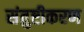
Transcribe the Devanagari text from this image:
संतुष्टीकरण